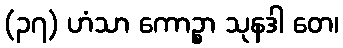
(၃၇) ဟံသာ ကောဉ္စာ သုနဒါ တေ၊